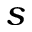
s